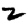
Digit: 2